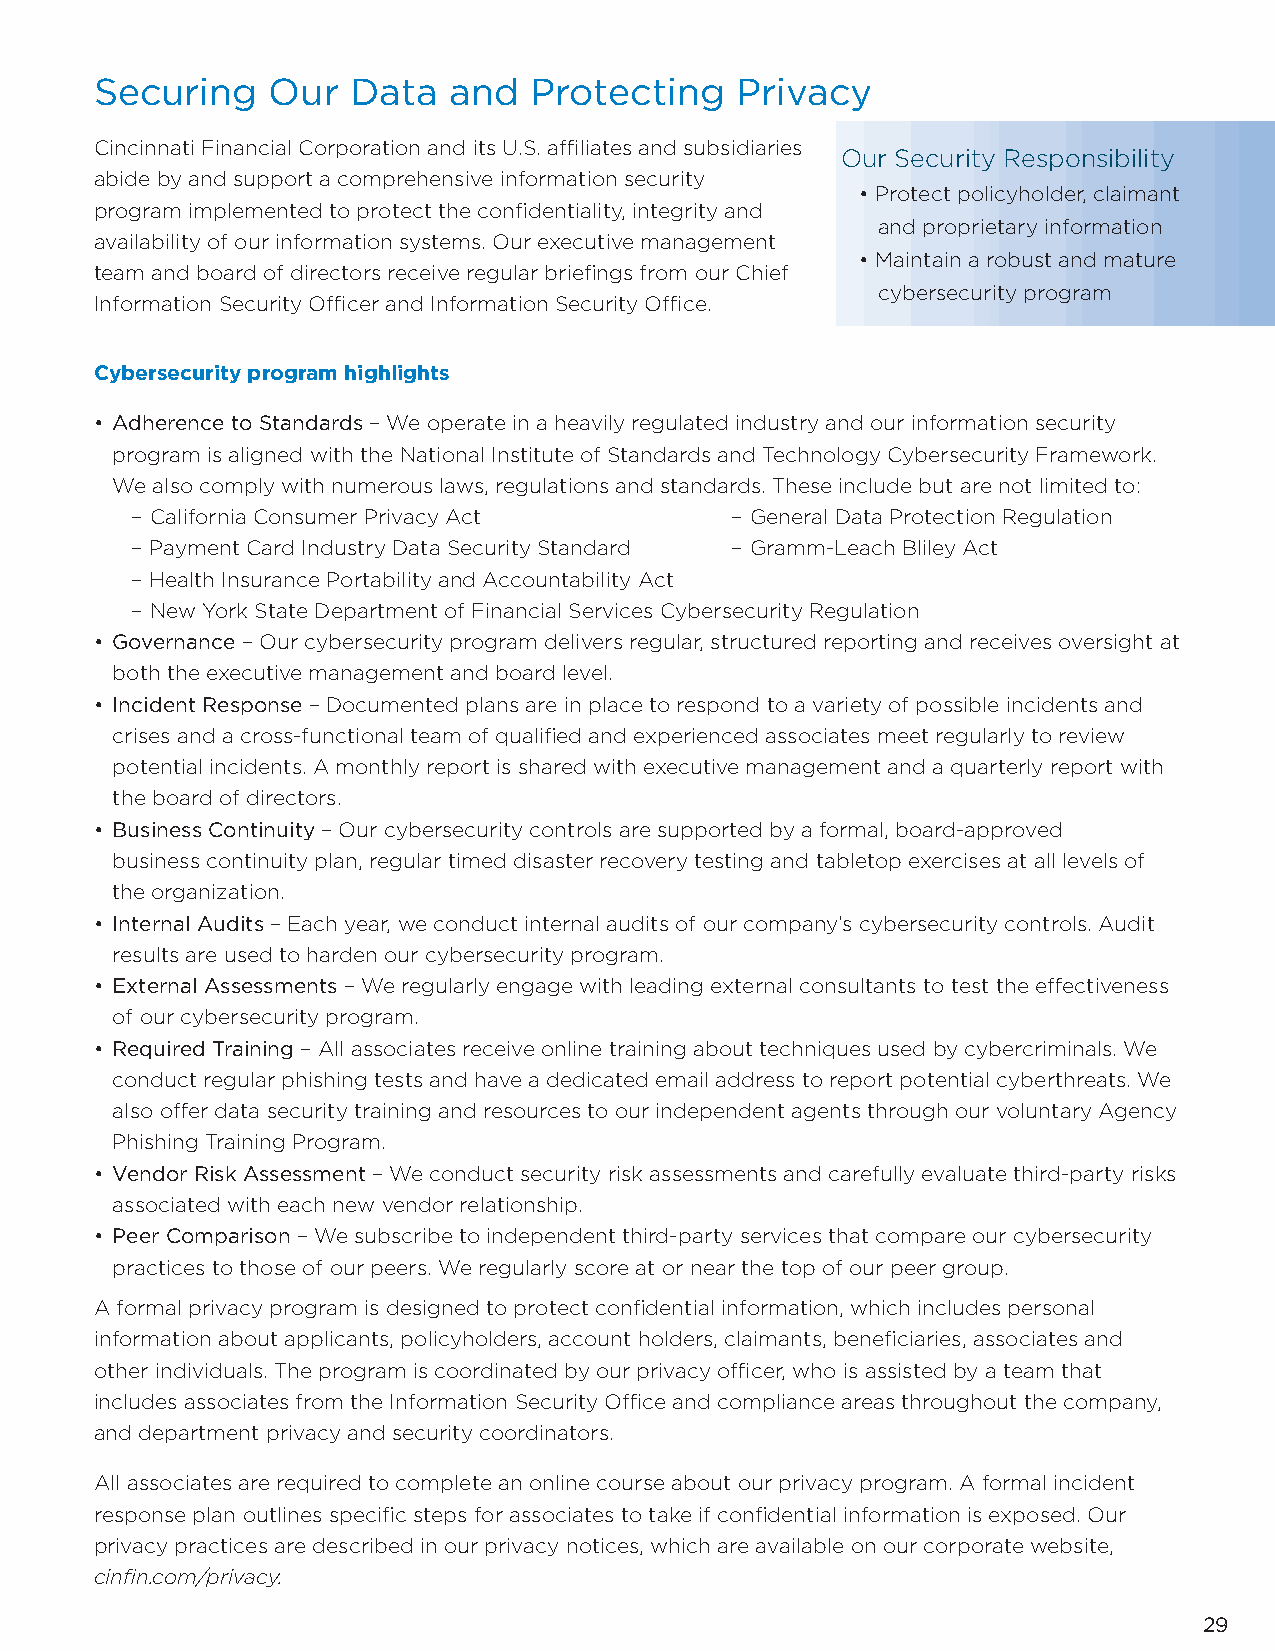
Securing    Our  Data   and  Protecting    Privacy
 Cincinnati Financial Corporation and its U.S. affi liates and subsidiaries
 Our Security Responsibility
 abide by and support a comprehensive information security
 • Protect policyholder, claimant
 program implemented to protect the confi dentiality, integrity and
 and proprietary information
 availability of our information systems. Our executive management
 • Maintain a robust and mature
 team and board of directors receive regular briefi ngs from our Chief
 cybersecurity program
 Information Security Offi cer and Information Security Offi ce.
 Cybersecurity program highlights
 • Adherence to Standards – We operate in a heavily regulated industry and our information security
 program is aligned with the National Institute of Standards and Technology Cybersecurity Framework.
 We also comply with numerous laws, regulations and standards. These include but are not limited to:
 – California Consumer Privacy Act      – General Data Protection Regulation
 – Payment Card Industry Data Security Standard – Gramm-Leach Bliley Act
 – Health Insurance Portability and Accountability Act
 – New York State Department of Financial Services Cybersecurity Regulation
 • Governance – Our cybersecurity program delivers regular, structured reporting and receives oversight at
 both the executive management and board level.
 • Incident Response – Documented plans are in place to respond to a variety of possible incidents and
 crises and a cross-functional team of qualifi ed and experienced associates meet regularly to review
 potential incidents. A monthly report is shared with executive management and a quarterly report with
 the board of directors.
 • Business Continuity – Our cybersecurity controls are supported by a formal, board-approved
 business continuity plan, regular timed disaster recovery testing and tabletop exercises at all levels of
 the organization.
 • Internal Audits – Each year, we conduct internal audits of our company’s cybersecurity controls. Audit
 results are used to harden our cybersecurity program.
 • External Assessments – We regularly engage with leading external consultants to test the eff ectiveness
 of our cybersecurity program.
 • Required Training – All associates receive online training about techniques used by cybercriminals. We
 conduct regular phishing tests and have a dedicated email address to report potential cyberthreats. We
 also off er data security training and resources to our independent agents through our voluntary Agency
 Phishing Training Program.
 • Vendor Risk Assessment – We conduct security risk assessments and carefully evaluate third-party risks
 associated with each new vendor relationship.
 • Peer Comparison – We subscribe to independent third-party services that compare our cybersecurity
 practices to those of our peers. We regularly score at or near the top of our peer group.
 A formal privacy program is designed to protect confi dential information, which includes personal
 information about applicants, policyholders, account holders, claimants, benefi ciaries, associates and
 other individuals. The program is coordinated by our privacy offi cer, who is assisted by a team that
 includes associates from the Information Security Offi ce and compliance areas throughout the company,
 and department privacy and security coordinators.
 All associates are required to complete an online course about our privacy program. A formal incident
 response plan outlines specifi c steps for associates to take if confi dential information is exposed. Our
 privacy practices are described in our privacy notices, which are available on our corporate website,
 cinfi n.com/privacy.
 29